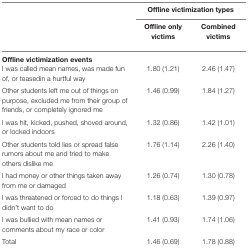
<table><thead><tr><td rowspan="2">[EMPTY_CELL]</td><td colspan="2"><b>Offline victimization types</b></td></tr><tr><td><b>Offline only victims</b></td><td><b>Combined victims</b></td></tr></thead><tbody><tr><td colspan="3"><b>Offline victimization events</b></td></tr><tr><td>I was called mean names, was made fun of, or teasedin a hurtful way</td><td>1.80 (1.21)</td><td>2.46 (1.47)</td></tr><tr><td>Other students left me out of things on purpose, excluded me from their group of friends, or completely ignored me</td><td>1.46 (0.99)</td><td>1.84 (1.27)</td></tr><tr><td>I was hit, kicked, pushed, shoved around, or locked indoors</td><td>1.32 (0.86)</td><td>1.42 (1.01)</td></tr><tr><td>Other students told lies or spread false rumors about me and tried to make others dislike me</td><td>1.76 (1.14)</td><td>2.26 (1.40)</td></tr><tr><td>I had money or other things taken away from me or damaged</td><td>1.26 (0.74)</td><td>1.30 (0.78)</td></tr><tr><td>I was threatened or forced to do things I didn’t want to do</td><td>1.18 (0.63)</td><td>1.39 (0.97)</td></tr><tr><td>I was bullied with mean names or comments about my race or color</td><td>1.41 (0.93)</td><td>1.74 (1.06)</td></tr><tr><td>Total</td><td>1.46 (0.69)</td><td>1.78 (0.88)</td></tr></tbody></table>